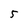
Character: 5